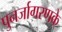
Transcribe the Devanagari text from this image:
पुनर्जागरणके